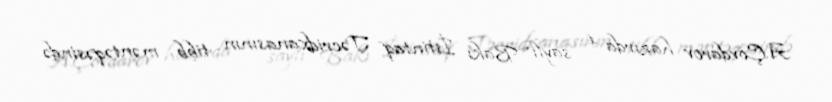
A.Çovdarov hazırda 1 saylı Bakı İstintaq Təcridxanasının tibb məntəqəsində